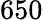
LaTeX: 650